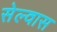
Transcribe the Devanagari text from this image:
सेल्वास